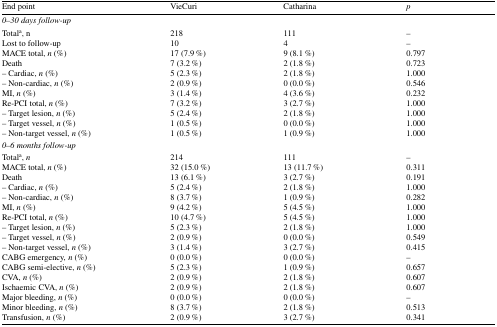
| End point | VieCuri | Catharina | p |
 | --- | --- | --- | --- |
 | <COLSPAN=4> 0–30 days follow-up |
 | Totala, nLost to follow-upMACE total, n (%)Death– Cardiac, n (%)– Non-cardiac, n (%)MI, n (%)Re-PCI total, n (%)– Target lesion, n (%)– Target vessel, n (%)– Non-target vessel, n (%) | 2181017 (7.9 %)7 (3.2 %)5 (2.3 %)2 (0.9 %)3 (1.4 %)7 (3.2 %)5 (2.4 %)1 (0.5 %)1 (0.5 %) | 11149 (8.1 %)2 (1.8 %)2 (1.8 %)0 (0.0 %)4 (3.6 %)3 (2.7 %)2 (1.8 %)0 (0.0 %)1 (0.9 %) | ––0.7970.7231.0000.5460.2321.0001.0001.0001.000 |
 | <COLSPAN=4> 0–6 months follow-up |
 | Totala, nMACE total, n (%)Death– Cardiac, n (%)– Non-cardiac, n (%)MI, n (%)Re-PCI total, n (%)– Target lesion, n (%)– Target vessel, n (%)– Non-target vessel, n (%)CABG emergency, n (%)CABG semi-elective, n (%)CVA, n (%)Ischaemic CVA, n (%)Major bleeding, n (%)Minor bleeding, n (%)Transfusion, n (%) | 21432 (15.0 %)13 (6.1 %)5 (2.4 %)8 (3.7 %)9 (4.2 %)10 (4.7 %)5 (2.3 %)2 (0.9 %)3 (1.4 %)0 (0.0 %)5 (2.3 %)2 (0.9 %)2 (0.9 %)0 (0.0 %)8 (3.7 %)2 (0.9 %) | 11113 (11.7 %)3 (2.7 %)2 (1.8 %)1 (0.9 %)5 (4.5 %)5 (4.5 %)2 (1.8 %)0 (0.0 %)3 (2.7 %)0 (0.0 %)1 (0.9 %)2 (1.8 %)2 (1.8 %)0 (0.0 %)2 (1.8 %)3 (2.7 %) | –0.3110.1911.0000.2821.0001.0001.0000.5490.415–0.6570.6070.607–0.5130.341 |